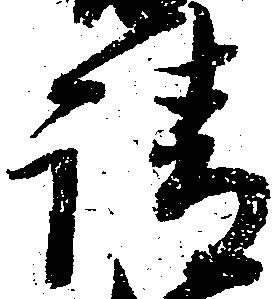
請